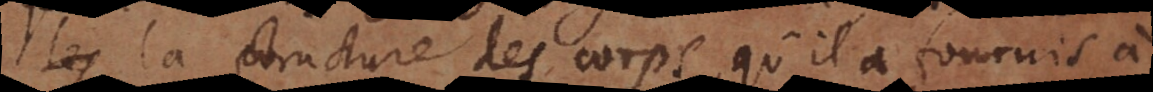
dans la structure des corps, qu’il a fournis à